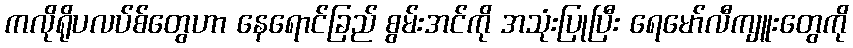
ကလိုရိုပလပ်စ်တွေဟာ နေရောင်ခြည် စွမ်းအင်ကို အသုံးပြုပြီး ရေမော်လီကျူးတွေကို